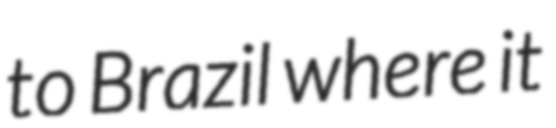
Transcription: to Brazil where it